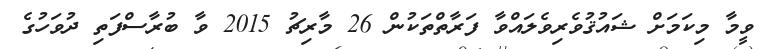
ވީމާ މިކަމަށް ޝައުޤުވެރިވެލައްވާ ފަރާތްތަކުން 26 މާރިޗު 2015 ވާ ބުރާސްފަތި ދުވަހުގެ